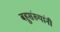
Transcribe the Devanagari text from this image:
बहुसंख्यांनी